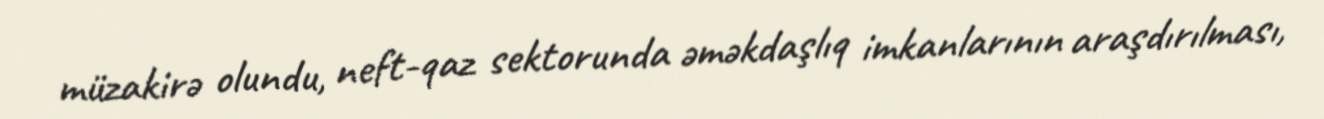
müzakirə olundu, neft-qaz sektorunda əməkdaşlıq imkanlarının araşdırılması,